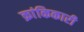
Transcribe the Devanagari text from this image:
क्रांकिकारी